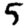
Digit: 5